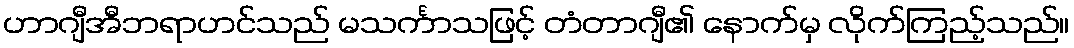
ဟာဂျီအီဘရာဟင်သည် မသင်္ကာသဖြင့် တံတာဂျီ၏ နောက်မှ လိုက်ကြည့်သည်။